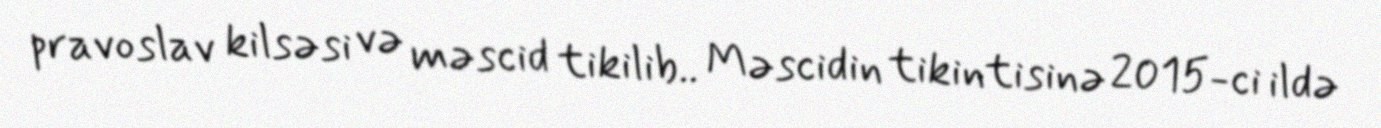
pravoslav kilsəsi və məscid tikilib.. Məscidin tikintisinə 2015-ci ildə